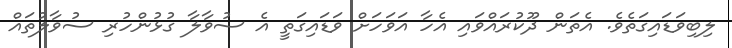
ލިބިވަޑައިގަތެވެ. އެތަން ދޫކުރައްވައި އެހާ އަވަހަށް ވަޑައިގަތީ އެ ސުވާލާ ގުޅުންހުރި ސުވާލުތައް